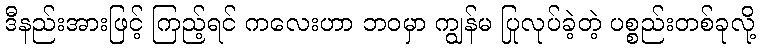
ဒီနည်းအားဖြင့် ကြည့်ရင် ကလေးဟာ ဘဝမှာ ကျွန်မ ပြုလုပ်ခဲ့တဲ့ ပစ္စည်းတစ်ခုလို့